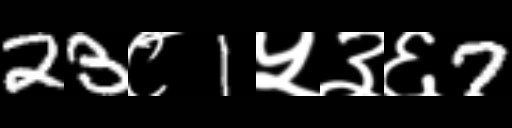
Text: 23८1५३६7